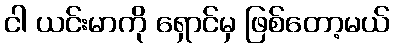
ငါ ယင်းမာကို ရှောင်မှ ဖြစ်တော့မယ်